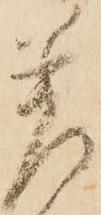
差